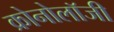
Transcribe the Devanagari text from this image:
क्रोनोलॉजी